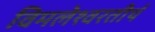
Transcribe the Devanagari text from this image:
विमलेश्वरतीर्थ